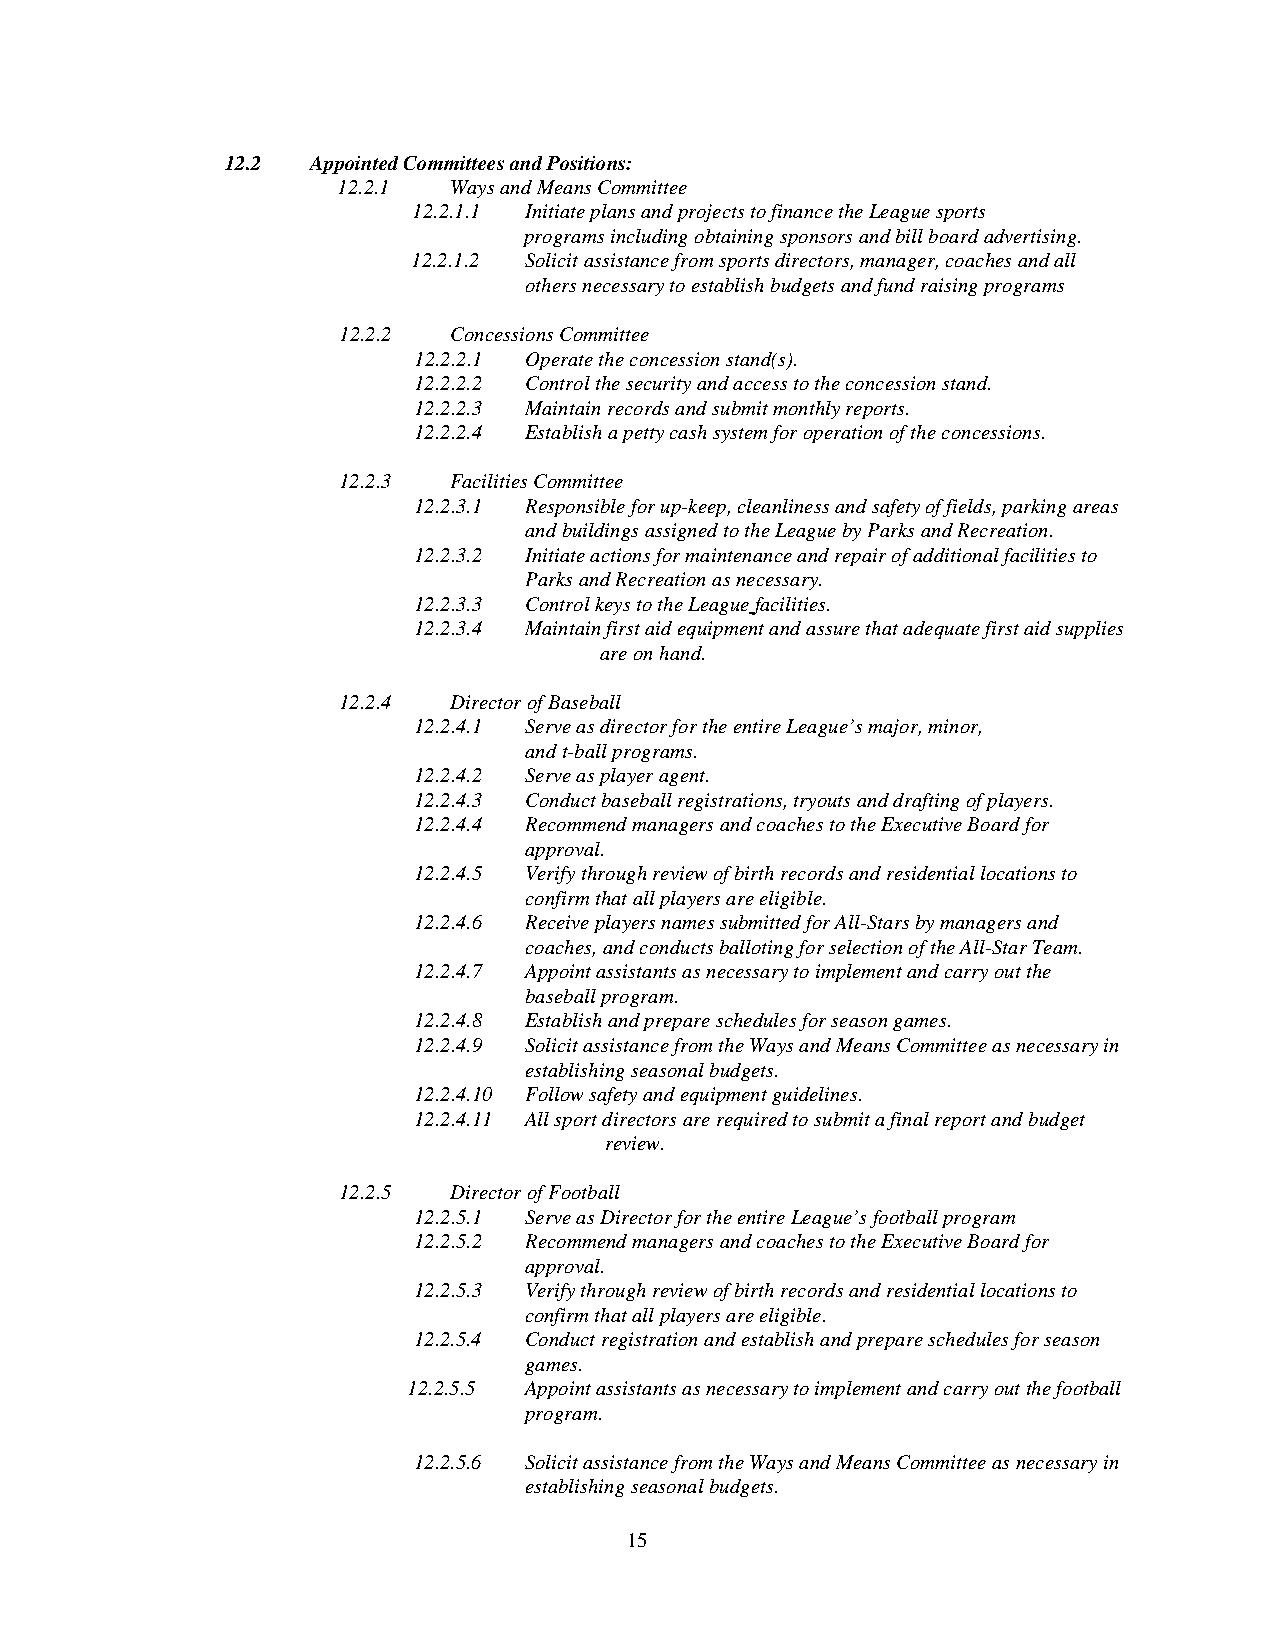
12.2  Appointed Committees and Positions:
 12.2.1  Ways and Means Committee
 12.2.1.1 Initiate plans and projects to finance the League sports
 programs including obtaining sponsors and bill board advertising.
 12.2.1.2 Solicit assistance from sports directors, manager, coaches and all
 others necessary to establish budgets and fund raising programs
 12.2.2  Concessions Committee
 12.2.2.1 Operate the concession stand(s).
 12.2.2.2 Control the security and access to the concession stand.
 12.2.2.3 Maintain records and submit monthly reports.
 12.2.2.4 Establish a petty cash system for operation of the concessions.
 12.2.3  Facilities Committee
 12.2.3.1 Responsible for up-keep, cleanliness and safety of fields, parking areas
 and buildings assigned to the League by Parks and Recreation.
 12.2.3.2 Initiate actions for maintenance and repair of additional facilities to
 Parks and Recreation as necessary.
 12.2.3.3 Control keys to the League facilities.
 12.2.3.4 Maintain first aid equipment and assure that adequate first aid supplies
 are on hand.
 12.2.4  Director of Baseball
 12.2.4.1 Serve as director for the entire League’s major, minor,
 and t-ball programs.
 12.2.4.2 Serve as player agent.
 12.2.4.3 Conduct baseball registrations, tryouts and drafting of players.
 12.2.4.4 Recommend managers and coaches to the Executive Board for
 approval.
 12.2.4.5 Verify through review of birth records and residential locations to
 confirm that all players are eligible.
 12.2.4.6 Receive players names submitted for All-Stars by managers and
 coaches, and conducts balloting for selection of the All-Star Team.
 12.2.4.7 Appoint assistants as necessary to implement and carry out the
 baseball program.
 12.2.4.8 Establish and prepare schedules for season games.
 12.2.4.9 Solicit assistance from the Ways and Means Committee as necessary in
 establishing seasonal budgets.
 12.2.4.10 Follow safety and equipment guidelines.
 12.2.4.11 All sport directors are required to submit a final report and budget
 review.
 12.2.5  Director of Football
 12.2.5.1 Serve as Director for the entire League’s football program
 12.2.5.2 Recommend managers and coaches to the Executive Board for
 approval.
 12.2.5.3 Verify through review of birth records and residential locations to
 confirm that all players are eligible.
 12.2.5.4 Conduct registration and establish and prepare schedules for season
 games.
 12.2.5.5 Appoint assistants as necessary to implement and carry out the football
 program.
 12.2.5.6 Solicit assistance from the Ways and Means Committee as necessary in
 establishing seasonal budgets.
 15